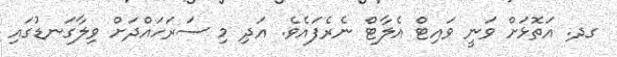
ގދ. އަތޮޅަށް ވަނީ ވައިޓް އެލާޓް ނެރެފައެވެ. އަދި މި ސަރަހައްދަށް ވިލާގަނޑުގައި